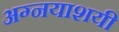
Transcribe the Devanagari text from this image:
अग्नयाशयी